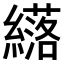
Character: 𫄈